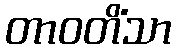
တာဝတိံသာ